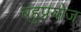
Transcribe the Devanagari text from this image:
बहुप्रयोज